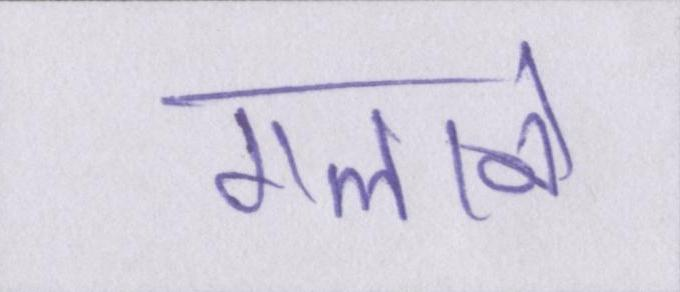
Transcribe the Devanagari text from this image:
गलाने